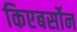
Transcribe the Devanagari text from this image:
किएबर्सोन